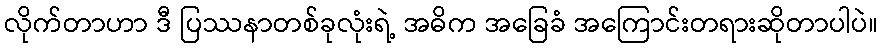
လိုက်တာဟာ ဒီ ပြဿနာတစ်ခုလုံးရဲ့ အဓိက အခြေခံ အကြောင်းတရားဆိုတာပါပဲ။